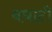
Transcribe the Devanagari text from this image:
बधाटी